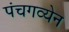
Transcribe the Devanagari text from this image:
पंचगव्येन